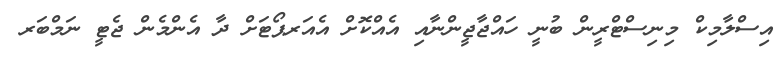
އިސްލާމިކް މިނިސްޓްރީން ބުނީ ހައްޖާޖީންނާއި އެއްކޮށް އެއަރޕޯޓަށް ދާ އެންމެން ޖެޓީ ނަމްބަރ